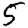
Digit: 5